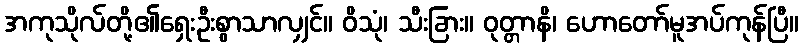
အကုသိုလ်တို့၏ရှေးဦးစွာသာလျှင်။ ဝိသုံ၊ သီးခြား။ ဝုတ္တာနိ၊ ဟောတော်မူအပ်ကုန်ပြီ။